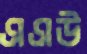
এএউ